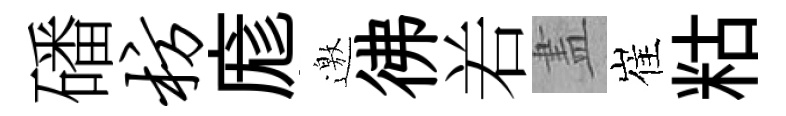
磻枋庬邀彿𠰥𥁞崔䊀